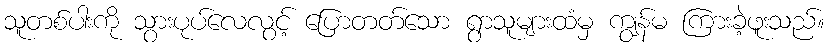
သူတစ်ပါးကို သွားပုပ်လေလွင့် ပြောတတ်သော ရွာသူများထံမှ ကျွန်မ ကြားခဲ့ဖူးသည်။